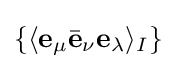
\{\langle \mathbf {e} _{\mu }{\bar {\mathbf {e} }}_{\nu }\mathbf {e} _{\lambda }\rangle _{I}\}